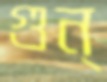
গুন্